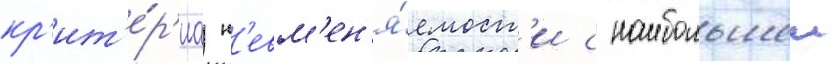
кр'ит'е́р'иа н'евм'ен'я́емост'и с наибольшеи